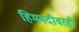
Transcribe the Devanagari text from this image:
हिमनदीवरही